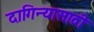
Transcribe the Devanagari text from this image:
दागिन्यासाठी